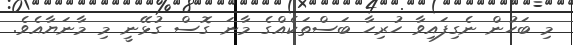
މި ބަހުން ނެގިފައިވާ ހުރިހާ ބަސްތަކެއްގެ މާނަ ގޮސް ގުޅޭނީ މި މާނަޔާއެވެ.